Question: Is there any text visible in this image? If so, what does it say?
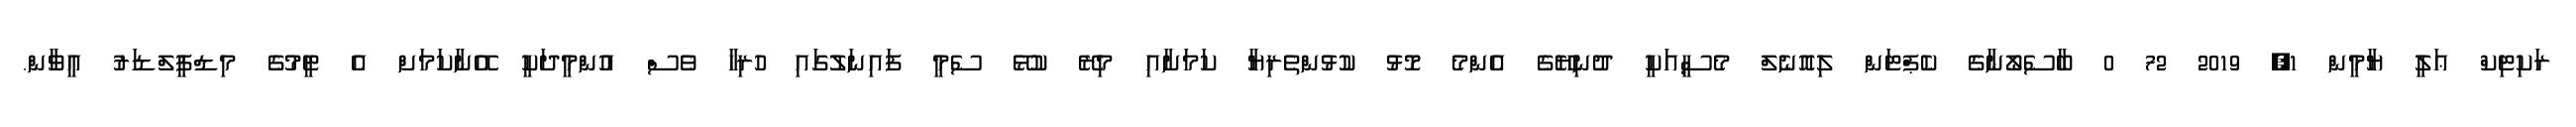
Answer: ރަކިޓިކް ޢަލީ ޔާމީން 1, 2019 72 0 ބާސެލޯނާގެ ކެޕްޓަން ލިއޮނެލް މެސީއަކީ ދުނިޔޭގެ އެންމެ މޮޅު ކުޅުންތެރިޔާ ކަމަށާއި މިރޭ ކުޅޭ ސެމީ ފައިނަލުގައި ހުރިހާ ވެސް އުންމީދަކީ އޭނާކަމަށް އެ ޓީމުގެ މިޑްފީލްޑަރު އީވާން.